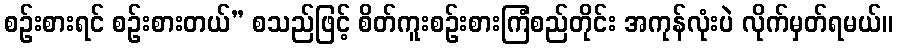
စဉ်းစားရင် စဉ်းစားတယ်” စသည်ဖြင့် စိတ်ကူးစဉ်းစားကြံစည်တိုင်း အကုန်လုံးပဲ လိုက်မှတ်ရမယ်။